Lunatic asylums in Bengal annual reports 1888-1898 - 1888-1898
Year: 1888
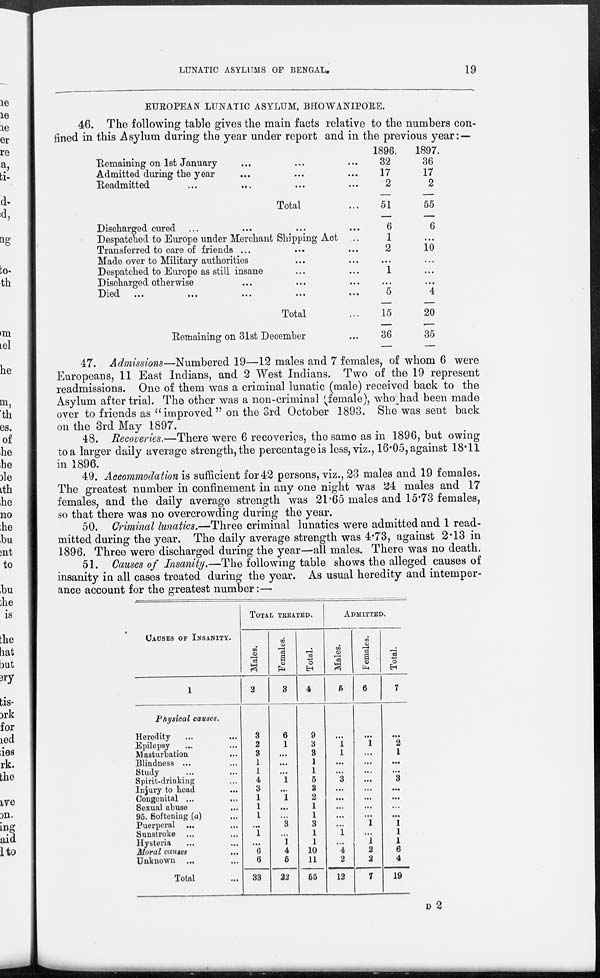
LUNATIC ASYLUMS OF BENGAL.
19
EUROPEAN LUNATIC ASYLUM, BHOWANIPORE.
46. The following table gives the main facts relative to the numbers con-
fined in this Asylum during the year under report and in the previous year: —
Remaining on 1st January ... ...
Admitted during the year ... ...
Readmitted ... ... ... ... ... ... ...
Total ...
Discharged cured ...
Despatched to Europe under Merchant Shipping Act ...
Transferred to care of friends ...
Made over to Military authorities ... ...
Despatched to Europe as still insane ...
Discharged otherwise ...
Died ... ... ... ... ...
Total ...
Remaining on 31st December ...
1896.
32
17
2
51
6
1
2
...
1
...
5
15
36
1897.
36
17
2
55
6
...
10
...
...
4
20
35
47. Admissions—Numbered 19—12 males and 7 females, of whom 6 were
Europeans, 11 East Indians, and 2 West Indians. Two of the 19 represent
readmissions. One of them was a criminal lunatic (male) received back to the
Asylum after trial. The other was a non-criminal (female), who had been made
over to friends as "improved " on the 3rd October 1893. She was sent back
on the 3rd May 1897.
48. Recoveries.—There were 6 recoveries, the same as in 1896, but owing
to a larger daily average strength, the percentage is less, viz., 16.05, against 18.11
in 1896.
49. Accommodation is sufficient for 42 persons, viz., 23 males and 19 females.
The greatest number in confinement in any one night was 24 males and 17
females, and the daily average strength was 21.65 males and 15.73 females,
so that there was no overcrowding during the year.
50. Criminal lunatics.—Three criminal lunatics were admitted and 1 read-
mitted during the year. The daily average strength was 4.73, against 2.13 in
1896. Three were discharged during the year—all males. There was no death.
51. Causes of Insanity.—The following table shows the alleged causes of
insanity in all cases treated during the year. As usual heredity and intemper-
ance account for the greatest number:—
CAUSES OF INSANITY.
1
Physical causes.
Heredity ... ...
Epilepsy ... ...
Masturbation ...
Blindness ... ...
Study ... ...
Spirit-drinking ...
Injury to head ...
Congenital ... ...
Sexual abuse ...
95. Softening (a)
Puerperal ... ...
Sunstroke ... ...
Hysteria ... ...
Moral causes ...
Unknown ...
Total ...
TOTAL TREATED.
Males.
2
3
2
3
1
1
4
3
1
1
1
...
1
...
6
6
33
Females.
3
6
1
...
...
...
1
...
1
...
...
3
...
1
4
5
22
Total.
4
9
3
3
1
1
5
3
2
1
1
3
1
1
10
11
55
ADMITTED.
Males.
5
...
1
1
...
...
3
...
...
...
...
...
1
...
4
2
12
Females.
6
...
1
...
...
...
...
...
...
...
...
1
...
1
2
2
7
Total.
7
...
2
1
...
...
3
...
...
...
...
1
1
1
6
4
19
D 2